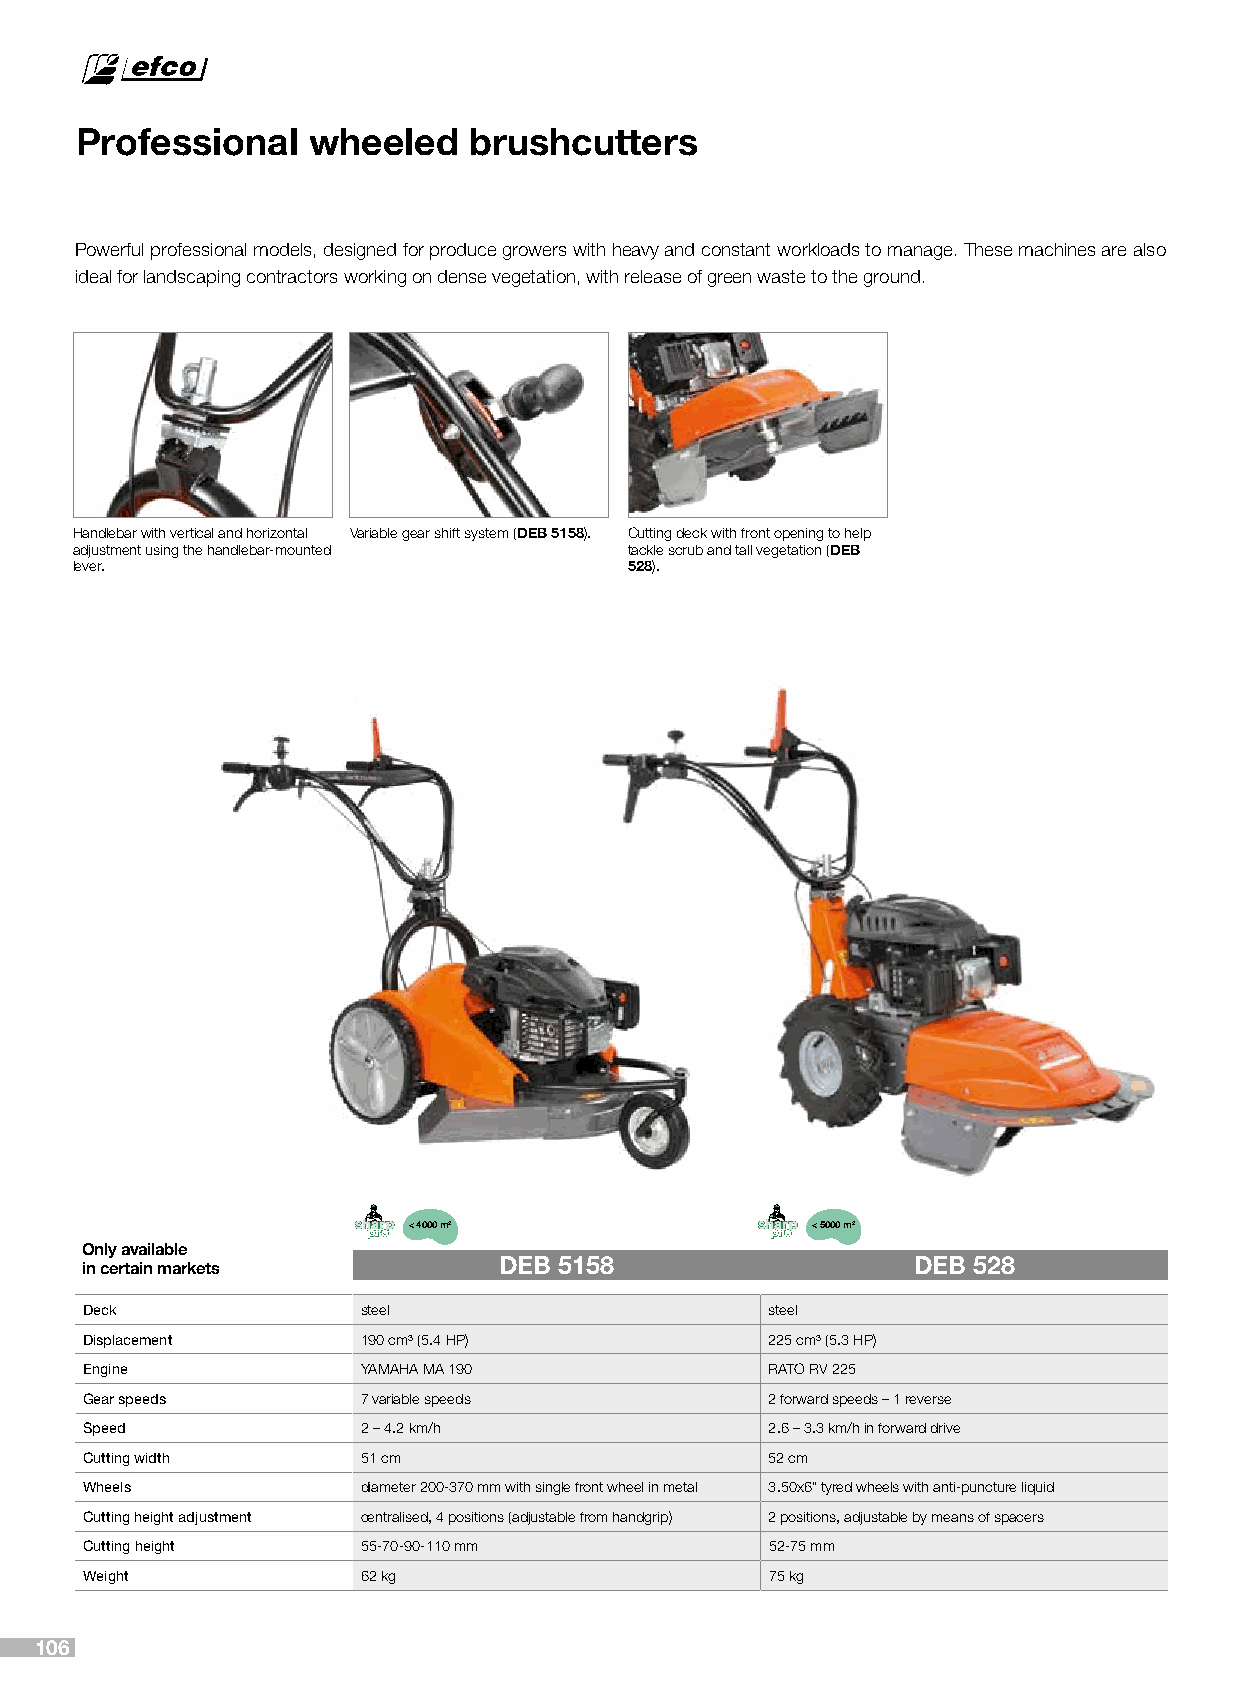
Professional   wheeled    brushcutters
 Powerful professional models, designed for produce growers with heavy and constant workloads to manage. These machines are also
 ideal for landscaping contractors working on dense vegetation, with release of green waste to the ground.
 Handlebar with vertical and horizontal Variable gear shift system (DEB 5158). Cutting deck with front opening to help
 adjustment using the handlebar-mounted tackle scrub and tall vegetation (DEB
 lever.                               528).
 < 4000 m2                  < 5000 m2
 Only available
 DEB 5158                   DEB 528
 in certain markets
 Deck               steel                      steel
 Displacement       190 cm³ (5.4 HP)           225 cm³ (5.3 HP)
 Engine             YAMAHA MA 190              RATO RV 225
 Gear speeds        7 variable speeds          2 forward speeds – 1 reverse
 Speed              2 – 4.2 km/h               2.6 – 3.3 km/h in forward drive
 Cutting width      51 cm                      52 cm
 Wheels             diameter 200-370 mm with single front wheel in metal 3.50x6” tyred wheels with anti-puncture liquid
 Cutting height adjustment centralised, 4 positions (adjustable from handgrip) 2 positions, adjustable by means of spacers
 Cutting height     55-70-90-110 mm            52-75 mm
 Weight             62 kg                      75 kg
 106